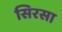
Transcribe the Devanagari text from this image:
सिरसा